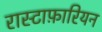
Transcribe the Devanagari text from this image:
रास्टाफ़ारियन